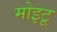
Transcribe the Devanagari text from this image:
मोइटू